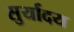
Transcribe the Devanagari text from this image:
सुर्यादय